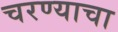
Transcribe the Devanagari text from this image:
चरण्याचा